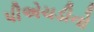
પીએચડીનો